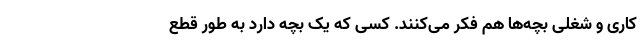
کاری و شغلی بچه‌ها هم فکر می‌کنند. کسی که یک بچه دارد به طور قطع